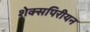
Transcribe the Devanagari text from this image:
शेक्सपिरीयन